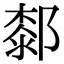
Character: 䣛